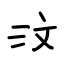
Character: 汶